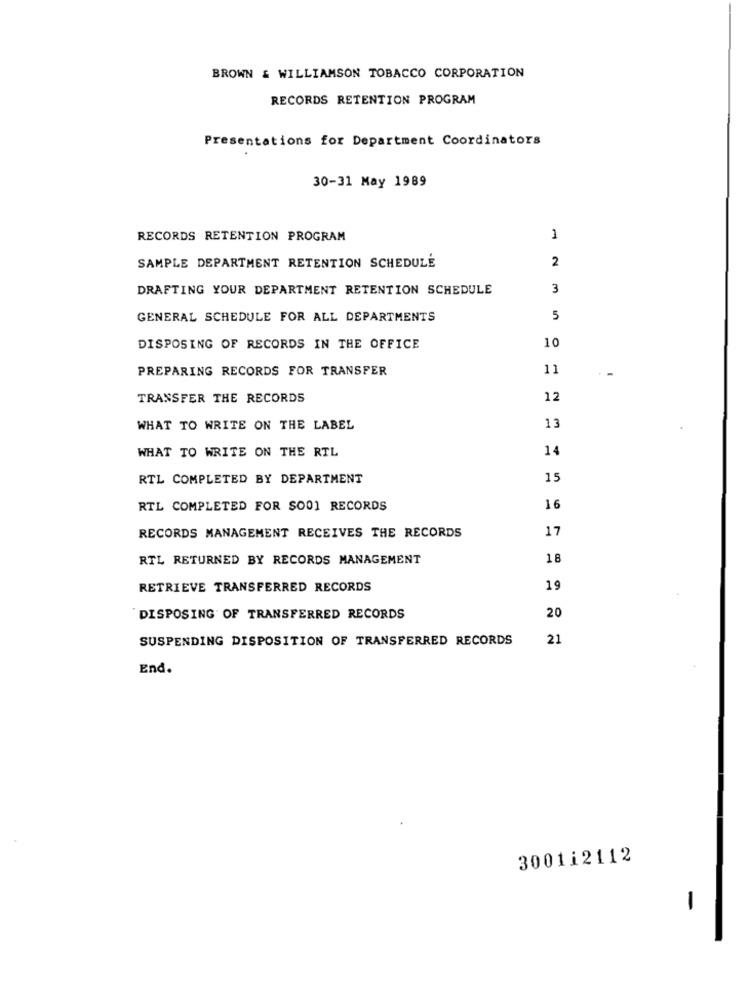
BROWN & WILLIAMSON TOBACCO CORPORATION
RECORDS RETENTION PROGRAM
Presentations for Department Coordinators
30-31 May 1989
RECORDS RETENTION PROGRAM
1
2
SAMPLE DEPARTMENT RETENTION SCHEDULE
DRAFTING YOUR DEPARTMENT RETENTION SCHEDULE
3
GENERAL SCHEDULE FOR ALL DEPARTMENTS
5
DISPOSING OF RECORDS IN THE OFFICE
10
PREPARING RECORDS FOR TRANSFER
11
TRANSFER THE RECORDS
12
WHAT TO WRITE ON THE LABEL
13
WHAT TO WRITE ON THE RTL
14
RTL COMPLETED BY DEPARTMENT
15
RTL COMPLETED FOR $001 RECORDS
16
17
RECORDS MANAGEMENT RECEIVES THE RECORDS
RTL RETURNED BY RECORDS MANAGEMENT
18
RETRIEVE TRANSFERRED RECORDS
19
DISPOSING OF TRANSFERRED RECORDS
20
SUSPENDING DISPOSITION OF TRANSFERRED RECORDS
21
End.
3001i2112
-